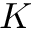
K